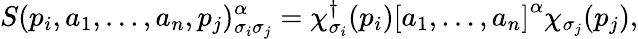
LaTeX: S(p_{i},a_{1},\ldots,a_{n},p_{j})_{\sigma_{i}\sigma_{j}}^{\alpha}=\chi_{\sigma_{i}}^{\dagger}(p_{i})\left[a_{1},\ldots,a_{n}\right]^{\alpha}\chi_{\sigma_{j}}(p_{j}),